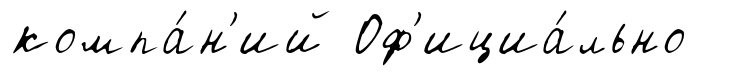
компа́н'ий Оф'ициа́льно